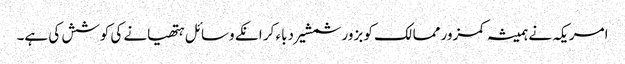
امریکہ نے ہمیشہ کمزور ممالک کو بزور شمشیر دباء کر انکے وسائل ہتھیانے کی کوشش کی ہے۔